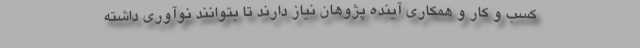
کسب و کار و همکاری آینده پژوهان نیاز دارند تا بتوانند نوآوری داشته